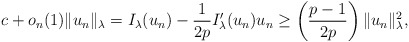
\begin{align*}c+o_n(1)\|u_n\|_{\lambda}&=I_{\lambda}(u_n)-\frac{1}{2p}I'_{\lambda}(u_n)u_n\geq \left( \frac{p-1}{2p}\right)\|u_n\|^{2}_{\lambda},&\end{align*}